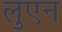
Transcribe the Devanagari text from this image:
लुएन